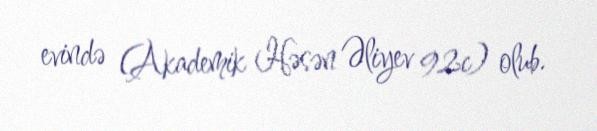
evində (Akademik Həsən Əliyev 92c) olub.